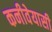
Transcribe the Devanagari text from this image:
कनीवेयासी